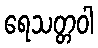
ရေသတ္တဝါ